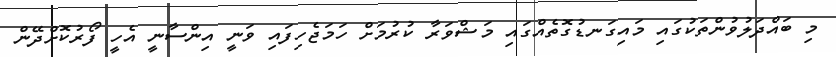
މި ބައްދަލުވުންތަކުގައި މައިގަނޑުގޮތެއްގައި މަޝްވަރާ ކުރުމަށް ހަމަޖެހިފައި ވަނީ އިންސާނީ އެހީ ފޯރުކޮށްދޭން